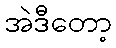
အဲဒီတော့